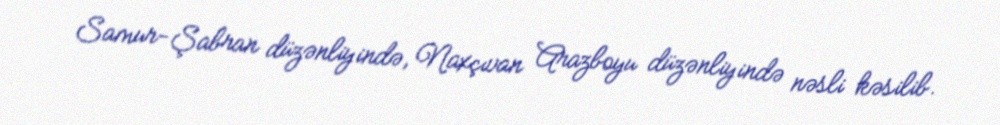
Samur-Şabran düzənliyində, Naxçıvan Arazboyu düzənliyində nəsli kəsilib.